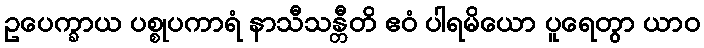
ဥပေက္ခာယ ပစ္စုပကာရံ နာသီသန္တီတိ ဧဝံ ပါရမိယော ပူရေတွာ ယာဝ